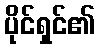
ပိုင်ရှင်၏